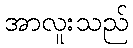
အာလူးသည်